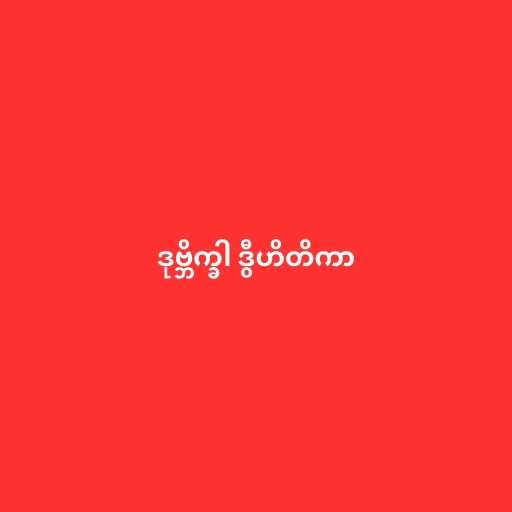
ဒုဗ္ဘိက္ခါ ဒွီဟိတိကာ